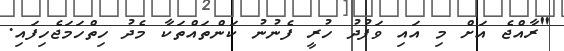
"ރާއްޖެ އަށް މި އައި ވަފުދު ހުރީ ފެނުނު ކަންތައްތަކާ މެދު ހިތްހަމަޖެހިފައި.